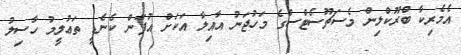
އެމެރިކާ ބްރޫކްލިން މެސަޗޫސެޓްސްގެ މަހުޖަނު އާއިލާ އަކަށް އުފަން ކެނެޑީ ތަޢުލީމު ހާސިލު